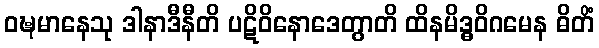
ဝဍ္ဎမာနေသု ဒါနာဒီနီတိ ပဋိဝိနောဒေတွာတိ ထိနမိဒ္ဓဝိဂမေန ဓိတိံ